Report on vaccination in Madras 1922-1929 - 1922-1929
Year: 1922
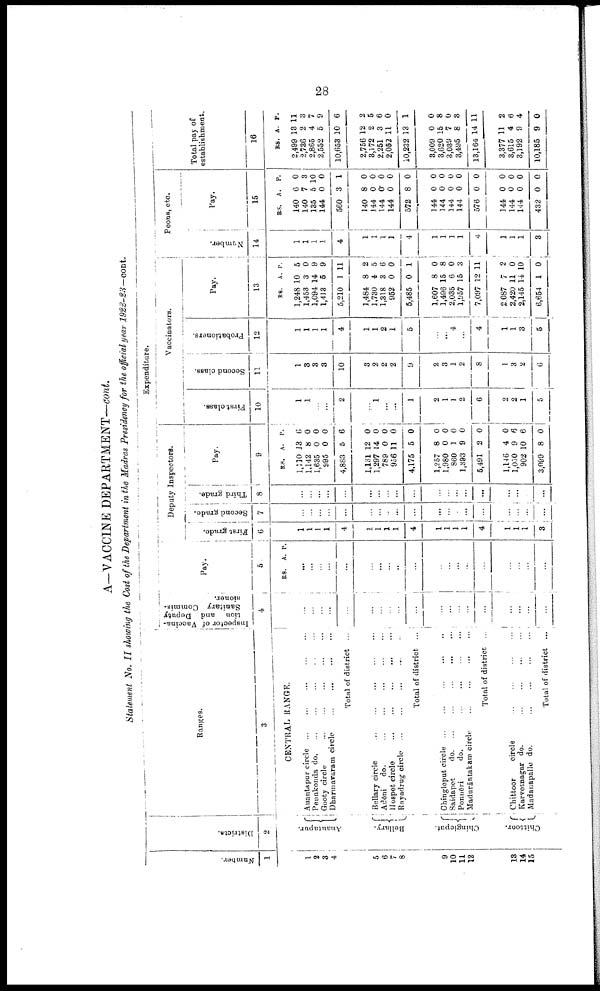
28
A—VACCINE DEPARTMENT—cont.
Statement No. II showing the Cost of the Department in the Madras Presidency for the official year 1922—23—cont.
Number.
1
1
2
3
4
5
6
7
8
9
10
11
12
13
14
15
Districts.
2
Anantapur.
Bellary.
Chingleput.
Chittoor.
Ranges.
3
CENTRAL RANGE.
Auantapur circle
...
...
...
...
...
Penakonda
do.
...
...
...
...
...
Gooty circle
...
...
...
...
...
Dharmavaram circle
...
...
...
...
Total of district ...
Bellary circle
...
...
...
...
...
Adōni
do. ... ... ... ... ...
Hospet circle
...
...
...
...
...
Rayadrug circle
...
...
...
...
...
Total of district ...
Chingleput circle
...
...
...
...
...
Saidapet
do. ... ... ... ... ...
Ponnēri
do.
...
...
...
...
Madurāntakam circle
...
...
...
...
Total of district ..
Chittoor
circle
...
...
...
...
Karvetnagar do. ... ... ... ...
Madanapalle do.
...
...
...
...
Total of district ...
Expenditure.
Inspector of Vaccina
tion and Deputy
Sanitary Commis¬
nioner.
4
1
...
...
...
...
...
...
...
...
...
...
...
...
...
...
...
...
...
...
...
Pay.
5
RS. A P.
...
...
...
...
...
...
...
...
...
...
...
...
...
...
1
...
...
...
...
Deputy Inspectors.
First grade.
6
1
1
1
1
4
1
1
1
1
4
1
1
1
1
4
1
1
1
3
Second grade.
7
...
...
...
...
...
...
...
...
...
...
...
...
...
...
...
...
...
...
...
Third grade.
8
...
...
...
...
...
...
...
...
...
...
...
...
...
...
...
...
...
...
...
Pay.
9
RS.
1,110
1,142
1,635
995
4,883
1,181
1,297
789
956
4,175
1,257
1,980
860
1,393
5,491
1,146
1,050
902
3,099
A.
13
8
0
0
5
12
14
0
11
5
8
0
1
9
2
4
9
10
8
P.
6
0
0
0
6
0
0
0
0
0
0
0
0
0
0
0
6
6
0
Vaccinators.
First class.
10
1
1
...
...
2
...
1
...
...
1
2
1
1
2
6
2
2
1
5
Second class.
11
1
3
3
3
10
3
2
2
2
9
2
3
1
2
8
1
3
2
6
Probationers.
12
1
1
1
1
4
1
1
2
1
5
...
...
4
...
4
1
1
3
5
Pay.
13
RS.
1,248
1,453
1,094
1,413
5,210
1,484
1,730
1,318
952
5,485
1,607
1,496
2,035
1,957
7,097
2,087
2,420
2,145
6,654
A.
10
3
14
5
1
8
4
3
0
0
8
15
6
15
12
7
11
14
1
P.
5
0
9
9
11
2
5
6
0
1
0
8
0
3
11
2
0
10
0
Peons, etc.
Number.
14
1
1
1
1
4
1
1
1
1
4
1
1
1
1
4
1
1
1
3
Pay.
15
RS.
140
140
135
144
560
140
144
144
144
572
144
144
144
144
576
144
144
144
432
A.
6
7
5
0
3
8
0
0 0
8
0
0
0
0
0
0
0
0
0
P.
0
3
10
0
1
0
0
0
0
0
0
0
0
0
0
0
0
0
0
Total pay of
establishment.
16
RS.
2,499
2,736
2,865
2,552
10,653
2,756
3,172
2,251
2,052
10,232
3,009
3,620
3,039
3,495
13,164
3,377
3,615
3,192
10,185
A.
13
2
4
5
10
12
2
3
11
13
0
15
7
8
14
11
4
9
9
P.
11
3
7
9
6
2
5
6
0
1
0
8
0
3
11
2
6
4
0